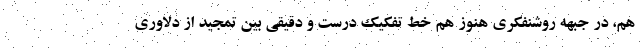
هم، در جبهه روشنفکری هنوز هم خط تفکیک درست و دقیقی بین تمجید از دلاوری